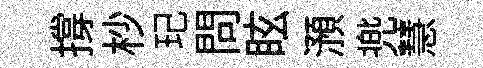
撐杪玘問眩澦兠慧